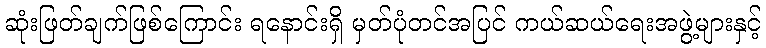
ဆုံးဖြတ်ချက်ဖြစ်ကြောင်း ရနောင်းရှိ မှတ်ပုံတင်အပြင် ကယ်ဆယ်ရေးအဖွဲ့များနှင့်